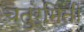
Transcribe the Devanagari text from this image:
चतुर्मिती